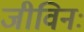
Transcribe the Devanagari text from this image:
जीविनः